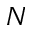
N